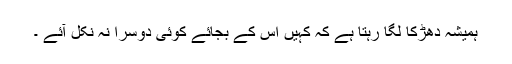
ہمیشہ دھڑکا لگا رہتا ہے کہ کہیں اس کے بجائے کوئی دوسرا نہ نکل آئے ۔